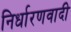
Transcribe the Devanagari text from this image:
निर्धारणवादी